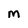
Character: M